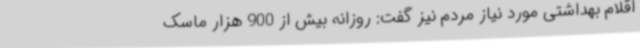
اقلام بهداشتی مورد نیاز مردم نیز گفت: روزانه بیش از 900 هزار ماسک